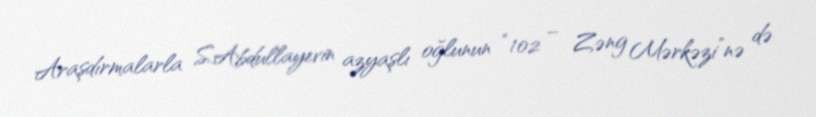
Araşdırmalarla S.Abdullayevin azyaşlı oğlunun “102 – Zəng Mərkəzi”nə də